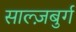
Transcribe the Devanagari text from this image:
साल्ज़बुर्ग